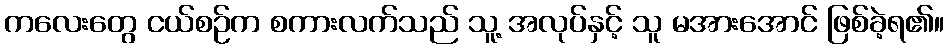
ကလေးတွေ ငယ်စဉ်က စကားလက်သည် သူ့ အလုပ်နှင့် သူ မအားအောင် ဖြစ်ခဲ့ရ၏။